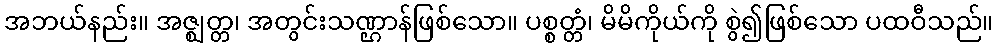
အဘယ်နည်း။ အဇ္ဈတ္တ၊ အတွင်းသဏ္ဌာန်ဖြစ်သော။ ပစ္စတ္တံ၊ မိမိကိုယ်ကို စွဲ၍ဖြစ်သော ပထဝီသည်။